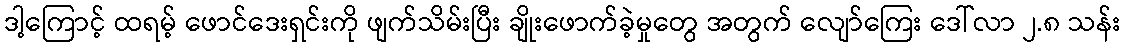
ဒါ့ကြောင့် ထရမ့် ဖောင်ဒေးရှင်းကို ဖျက်သိမ်းပြီး ချိုးဖောက်ခဲ့မှုတွေ အတွက် လျော်ကြေး ဒေါ်လာ ၂.၈ သန်း